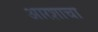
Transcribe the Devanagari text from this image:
आरशाचा